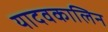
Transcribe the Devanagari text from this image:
यादवकालिन